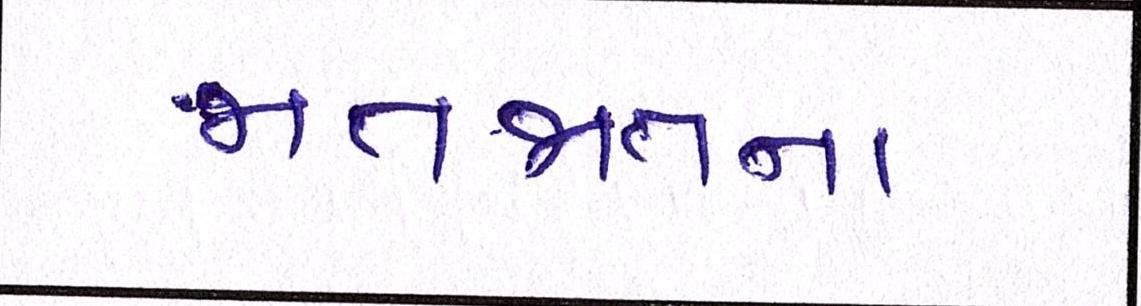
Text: જાતજાતના